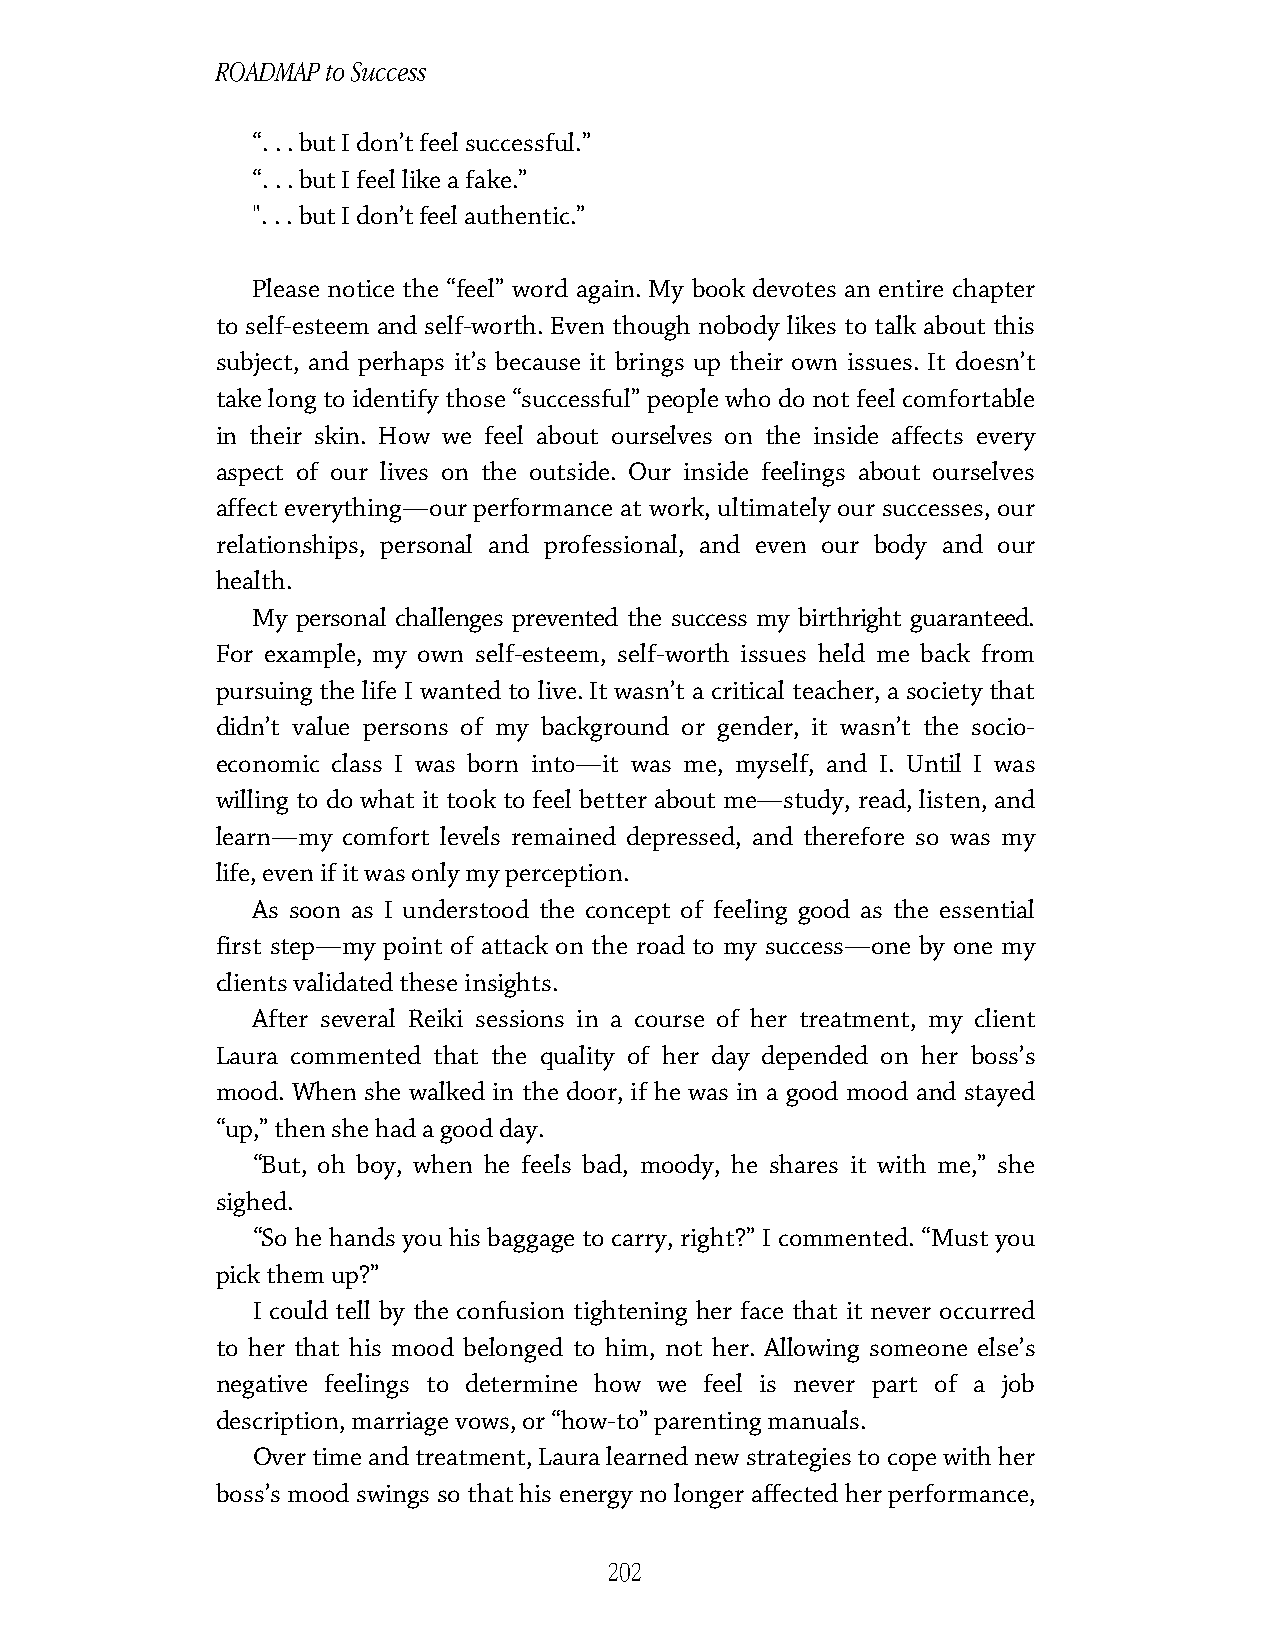
ROADMAP to Success
 “. . . but I don’t feel successful.”
 “. . . but I feel like a fake.”
 ". . . but I don’t feel authentic.”
 Please notice the “feel” word again. My book devotes an entire chapter
 to self-esteem and self-worth. Even though nobody likes to talk about this
 subject, and perhaps it’s because it brings up their own issues. It doesn’t
 take long to identify those “successful” people who do not feel comfortable
 in their skin. How we feel about ourselves on the inside affects every
 aspect of our lives on the outside. Our inside feelings about ourselves
 affect everything—our performance at work, ultimately our successes, our
 relationships, personal and professional, and even our body and our
 health.
 My personal challenges prevented the success my birthright guaranteed.
 For example, my own self-esteem, self-worth issues held me back from
 pursuing the life I wanted to live. It wasn’t a critical teacher, a society that
 didn’t value persons of my background or gender, it wasn’t the socio-
 economic class I was born into—it was me, myself, and I. Until I was
 willing to do what it took to feel better about me—study, read, listen, and
 learn—my comfort levels remained depressed, and therefore so was my
 life, even if it was only my perception.
 As soon as I understood the concept of feeling good as the essential
 first step—my point of attack on the road to my success—one by one my
 clients validated these insights.
 After several Reiki sessions in a course of her treatment, my client
 Laura commented that the quality of her day depended on her boss’s
 mood. When she walked in the door, if he was in a good mood and stayed
 “up,” then she had a good day.
 “But, oh boy, when he feels bad, moody, he shares it with me,” she
 sighed.
 “So he hands you his baggage to carry, right?” I commented. “Must you
 pick them up?”
 I could tell by the confusion tightening her face that it never occurred
 to her that his mood belonged to him, not her. Allowing someone else’s
 negative feelings to determine how we feel is never part of a job
 description, marriage vows, or “how-to” parenting manuals.
 Over time and treatment, Laura learned new strategies to cope with her
 boss’s mood swings so that his energy no longer affected her performance,
 202